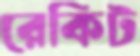
রেকিট